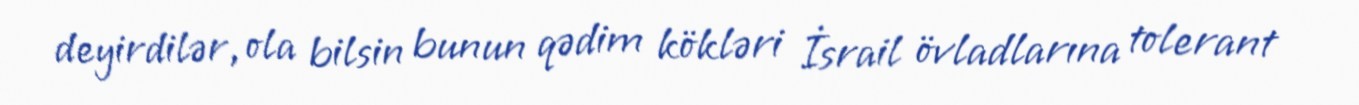
deyirdilər, ola bilsin bunun qədim kökləri İsrail övladlarına tolerant